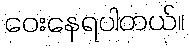
ဝေးနေရပါတယ်။